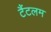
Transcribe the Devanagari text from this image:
टैंटलम